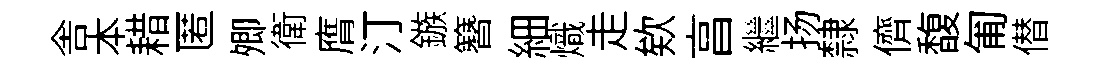
舎本耤匿𡖖衛膺汀鏃簪細熾走欸亯繼扬隸儕馥匍僣